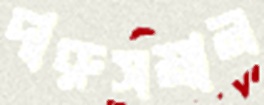
দারুসমান